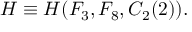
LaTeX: H \equiv H ( F _ { 3 } , F _ { 8 } , C _ { 2 } ( 2 ) ) .